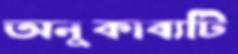
অনুকাব্যটি